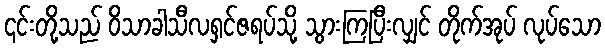
၎င်းတို့သည် ဝိသာခါသီလရှင်ဇရပ်သို့ သွားကြပြီးလျှင် တိုက်အုပ် လုပ်သော